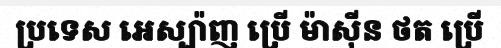
ប្រទេស អេស្ប៉ាញ ប្រើ ម៉ាស៊ីន ថត ប្រើ